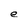
Character: e